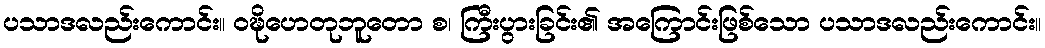
ပသာဒလည်းကောင်း။ ဝဍ္ဎိဟေတုဘူတော စ၊ ကြီးပွားခြင်း၏ အကြောင်းဖြစ်သော ပသာဒလည်းကောင်း။